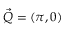
\vec { Q } = ( \pi , 0 )